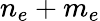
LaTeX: n_{e}+m_{e}